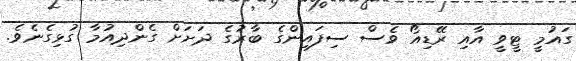
ގައުމީ ޓީވީ އާއި ރޭޑިއޯ ވެސް ސިފައިންގެ ބާރުގެ ދަށަށް ގެންދިއުމާ ގުޅިގެނެވެ.